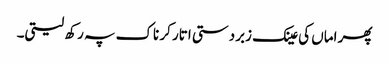
پھر اماں کی عینک زبردستی اتار کر ناک پہ رکھ لیتی۔